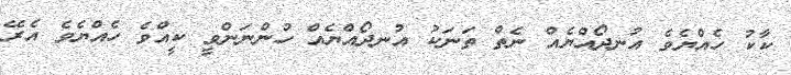
ކާކު ހެއްޔެވެ އުނދޯއްޔެއް ނެތް ތަނަކު އުނދޯއްޔެއް ހުންނަންވީ ކީއްވެ ހެއްޔެވެ އެރޭ